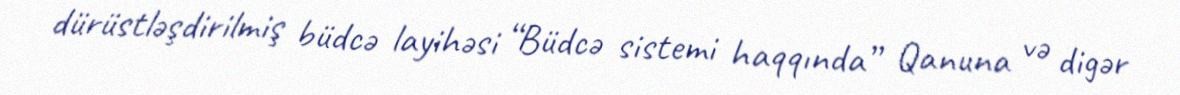
dürüstləşdirilmiş büdcə layihəsi “Büdcə sistemi haqqında” Qanuna və digər